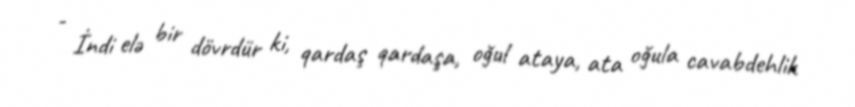
- İndi elə bir dövrdür ki, qardaş qardaşa, oğul ataya, ata oğula cavabdehlik